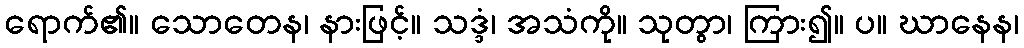
ရောက်၏။ သောတေန၊ နားဖြင့်။ သဒ္ဒံ၊ အသံကို။ သုတွာ၊ ကြား၍။ ပ။ ဃာနေန၊